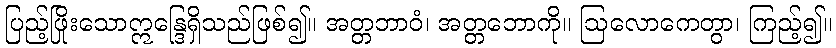
ပြည့်ဖြိုးသောဣန္ဒြေရှိသည်ဖြစ်၍။ အတ္တဘာဝံ၊ အတ္တဘောကို။ ဩလောကေတွာ၊ ကြည့်၍။